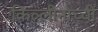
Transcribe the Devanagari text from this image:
किल्लीनोच्ची